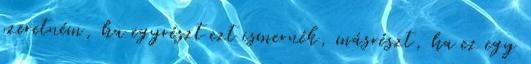
szeretném, ha egyrészt ezt ismernék, másrészt, ha ez egy